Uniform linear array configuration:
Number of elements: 8
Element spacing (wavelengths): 0.5
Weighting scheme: uniform
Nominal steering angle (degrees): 45
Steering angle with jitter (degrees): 45.063
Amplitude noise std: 0.05
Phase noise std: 0.05

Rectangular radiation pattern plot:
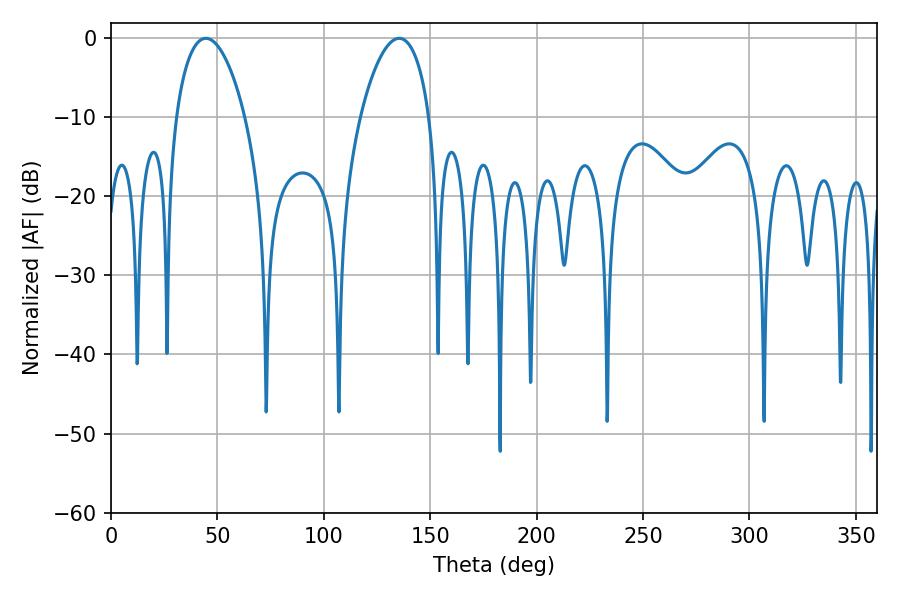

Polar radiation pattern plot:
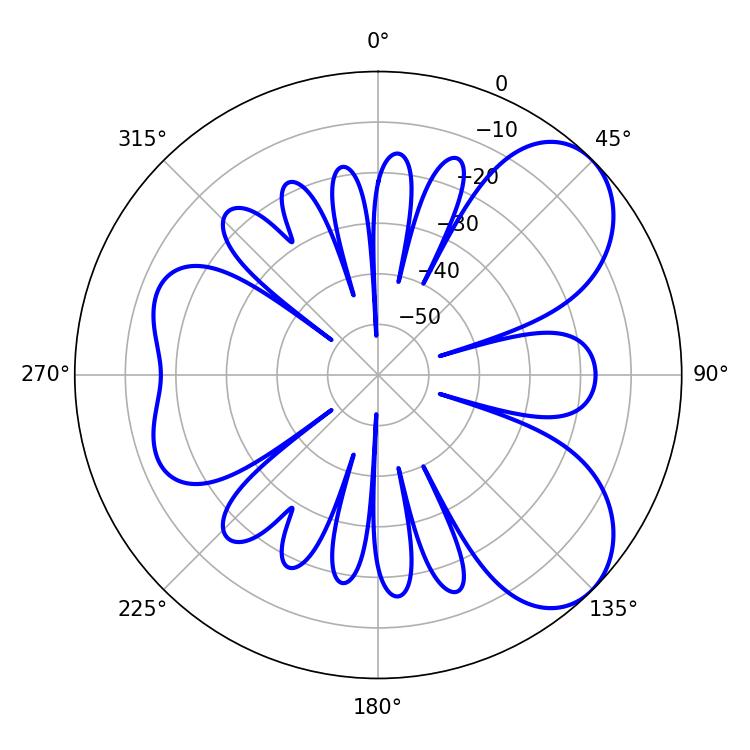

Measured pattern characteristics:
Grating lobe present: FALSE
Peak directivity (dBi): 6.536
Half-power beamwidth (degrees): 18.36
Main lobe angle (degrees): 44.64